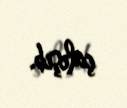
çalışıb.